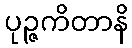
ပုဉ္ဇကိတာနိ